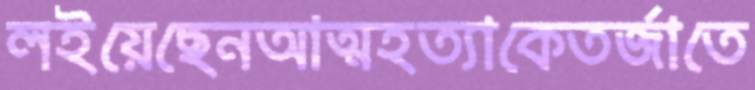
লইয়েছেনআত্মহত্যাকেতর্জাতে